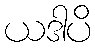
ယဒါပိ